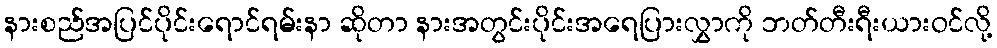
နားစည်အပြင်ပိုင်းရောင်ရမ်းနာ ဆိုတာ နားအတွင်းပိုင်းအရေပြားလွှာကို ဘတ်တီးရီးယားဝင်လို့